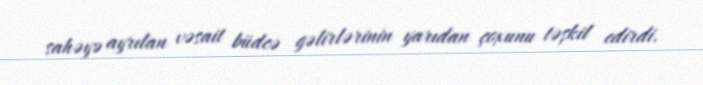
sahəyə ayrılan vəsait büdcə gəlirlərinin yarıdan çoxunu təşkil edirdi.